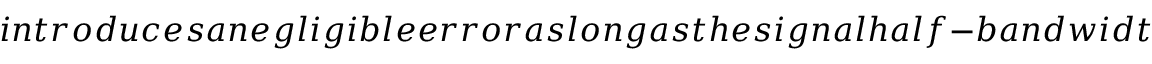
i n t r o d u c e s a n e g l i g i b l e e r r o r a s l o n g a s t h e s i g n a l h a l f - b a n d w i d t h i s s m a l l e r t h a n t h e c e n t r a l f r e q u e n c y (